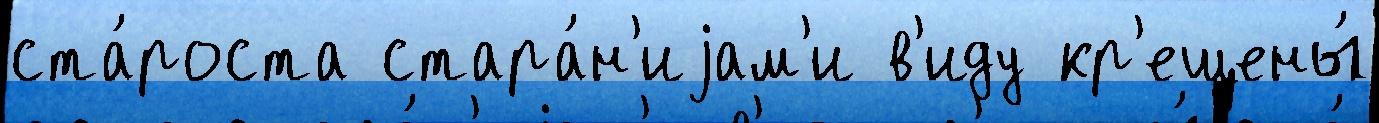
ста́роста стара́н'иjам'и в'иду кр'ещены́